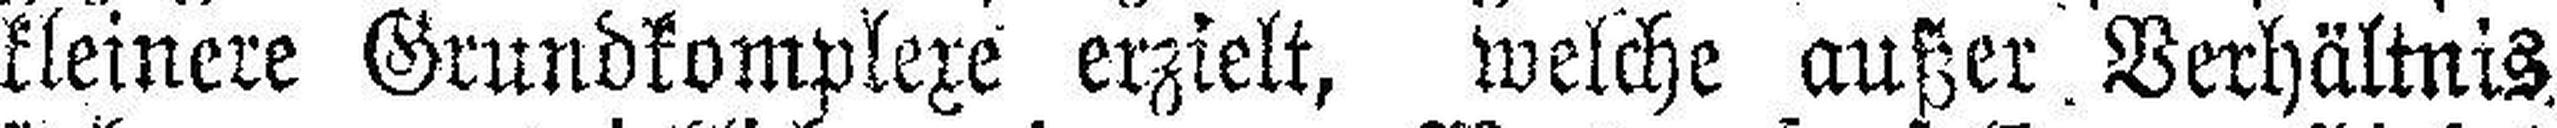
kleinere Grundkomplexe erzielt, welche außer, Verhältnis,